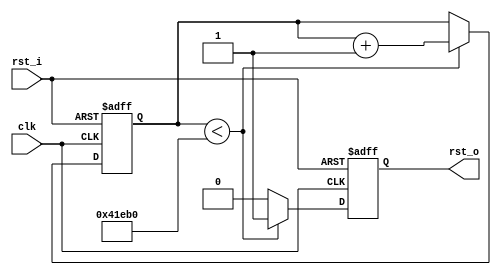
/*************************************************************************************\
    Copyright(c) 2012, China Digital TV Holding Co., Ltd,All right reserved
    Department   :   New Media,R&D Hardware Department
    Filename     :   gen_rst.v
    Author       :   huangrui/1480
    ==================================================================================
    Description  :
    
    ==================================================================================
    Modification History:
    Date        By                  Rev.        Prj.        Change Description
    ----------------------------------------------------------------------------------
    2014-05-05  huangrui/1480       1.0         IPQAM       Create
    ==================================================================================
    Called by    :   gen_rst.v
    File tree    :   gen_rst.v                        
\************************************************************************************/

`timescale 1ns/100ps
    
module gen_rst(
    clk                         ,
    rst_i                       , 
    rst_o                      
    );

parameter   TIME_RESET                  = 270000                    ;   //power on reset 10ms

input                                   clk                         ;
input                                   rst_i                       ;
output                                  rst_o                       ;

reg     [27:0]                          counter                     ;
reg                                     rst_o                       ;

assign  rst =   ~rst_i;

always@(posedge clk or posedge rst)
begin
    if(rst==1'b1)
    begin
        counter <=  {28{1'b0}};
    end
    else if(counter<TIME_RESET)
    begin
        counter <=  counter + 'h1;
    end
end

always@(posedge clk or posedge rst)
begin
    if(rst==1'b1)
    begin
        rst_o   <=  1'b1;
    end
    else if(counter<TIME_RESET)
    begin
        rst_o   <=  1'b1;
    end
    else
    begin
        rst_o   <=  1'b0;
    end
end
                    
endmodule